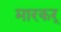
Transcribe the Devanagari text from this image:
मारकर्